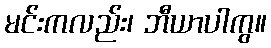
မင်းကလည်း၊ ဘီယာပါကွ။